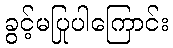
ခွင့်မပြုပါကြောင်း